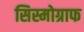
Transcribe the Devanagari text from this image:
सिस्मोग्राफ